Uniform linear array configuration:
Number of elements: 4
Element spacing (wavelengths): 0.25
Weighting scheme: binomial
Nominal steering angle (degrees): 60
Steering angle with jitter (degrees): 58.866
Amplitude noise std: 0.05
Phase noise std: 0.05

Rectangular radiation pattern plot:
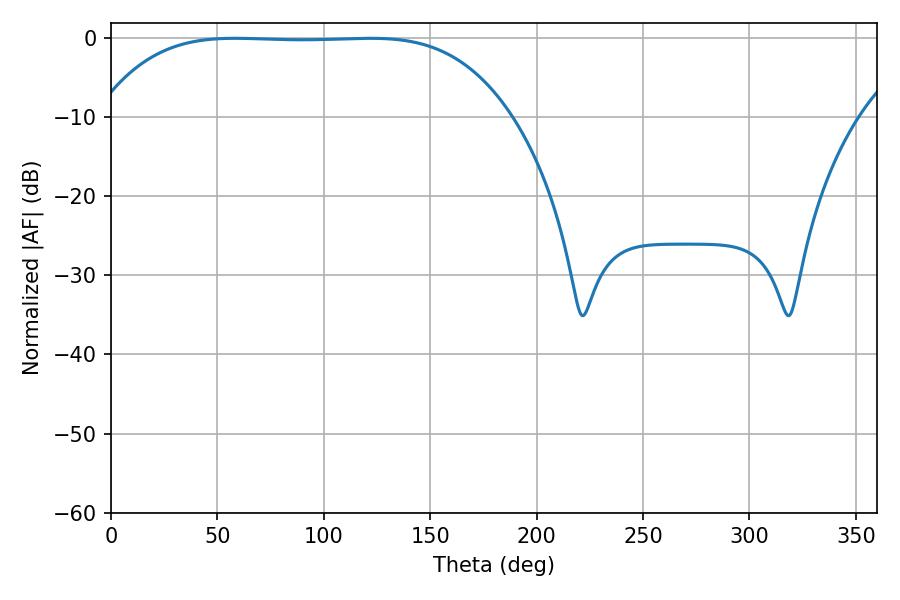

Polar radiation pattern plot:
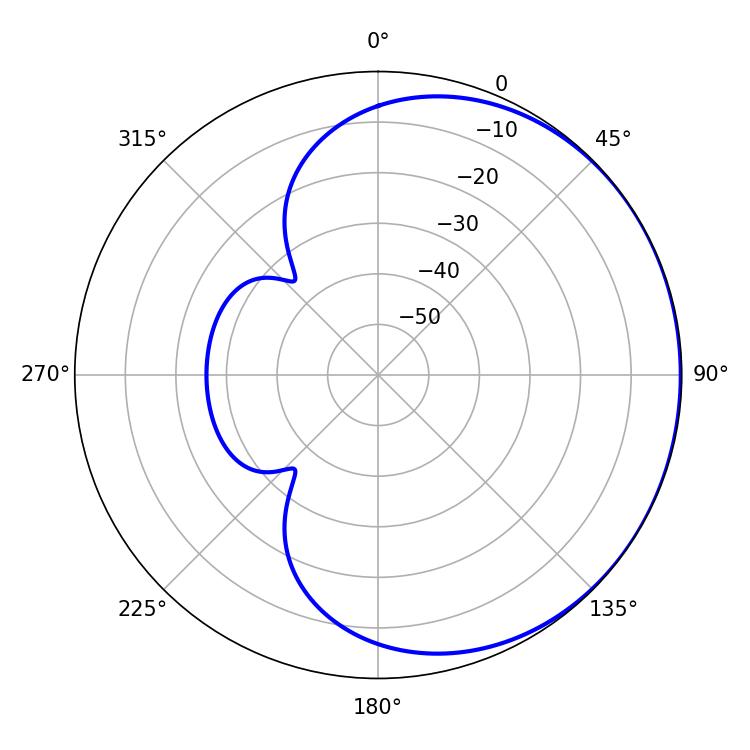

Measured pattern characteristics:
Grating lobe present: FALSE
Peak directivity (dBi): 0.4241
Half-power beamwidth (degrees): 149.04
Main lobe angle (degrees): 58.32